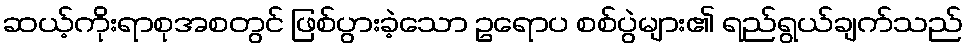
ဆယ့်ကိုးရာစုအစတွင် ဖြစ်ပွားခဲ့သော ဥရောပ စစ်ပွဲများ၏ ရည်ရွယ်ချက်သည်